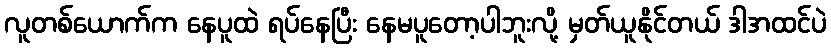
လူတစ်ယောက်က နေပူထဲ ရပ်နေပြီး နေမပူတော့ပါဘူးလို့ မှတ်ယူနိုင်တယ် ဒါအထင်ပဲ